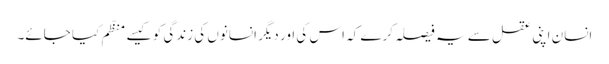
انسان اپنی عقل سے یہ فیصلہ کرے کہ اس کی اور دیگر انسانوں کی زندگی کو کیسے منظّم کیا جائے۔